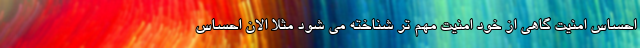
احساس امنیت گاهی از خود امنیت مهم تر شناخته می شود مثلا الان احساس